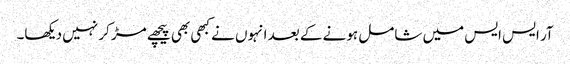
آر ایس ایس میں شامل ہونے کے بعد انہوں نے کبھی بھی پیچھے مڑ کر نہیں دیکھا۔